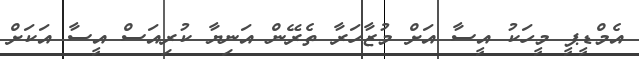
އެމްޑީޕީ މީހަކު އީސާ އަށް މުޒާހަރާ ތެރޭން އަނިޔާ ކުރިއަސް އީސާ އަކަށް